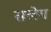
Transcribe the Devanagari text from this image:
सलेग